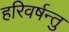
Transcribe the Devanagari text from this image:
हरिवर्षन्तु